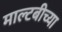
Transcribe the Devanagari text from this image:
माल्टबीच्या